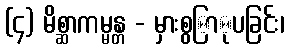
(၄) မိစ္ဆာကမ္မန္တ - မှားစွြာုပခြင်း၊